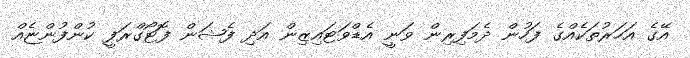
އޭގެ އަހަރުތަކެއްގެ ފަހުން ދެމަފިރިން ވަނީ އެޑްވަޓައިޒިން އަދި ފެޝަން ފޮޓޯގްރަފީ ކުންފުންޏެއް